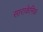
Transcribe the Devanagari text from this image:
साराकेनिक